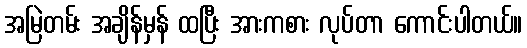
အမြဲတမ်း အချိန်မှန် ထပြီး အားကစား လုပ်တာ ကောင်းပါတယ်။